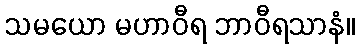
သမယော မဟာဝီရ ဘာဝီရသာနံ။